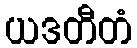
ယဒတီတံ